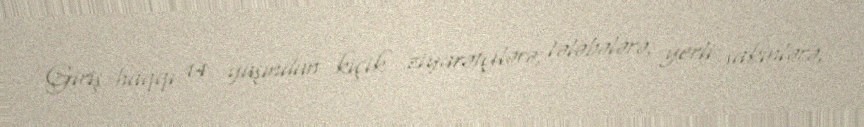
Giriş haqqı 14 yaşından kiçik ziyarətçilərə, tələbələrə, yerli sakinlərə,